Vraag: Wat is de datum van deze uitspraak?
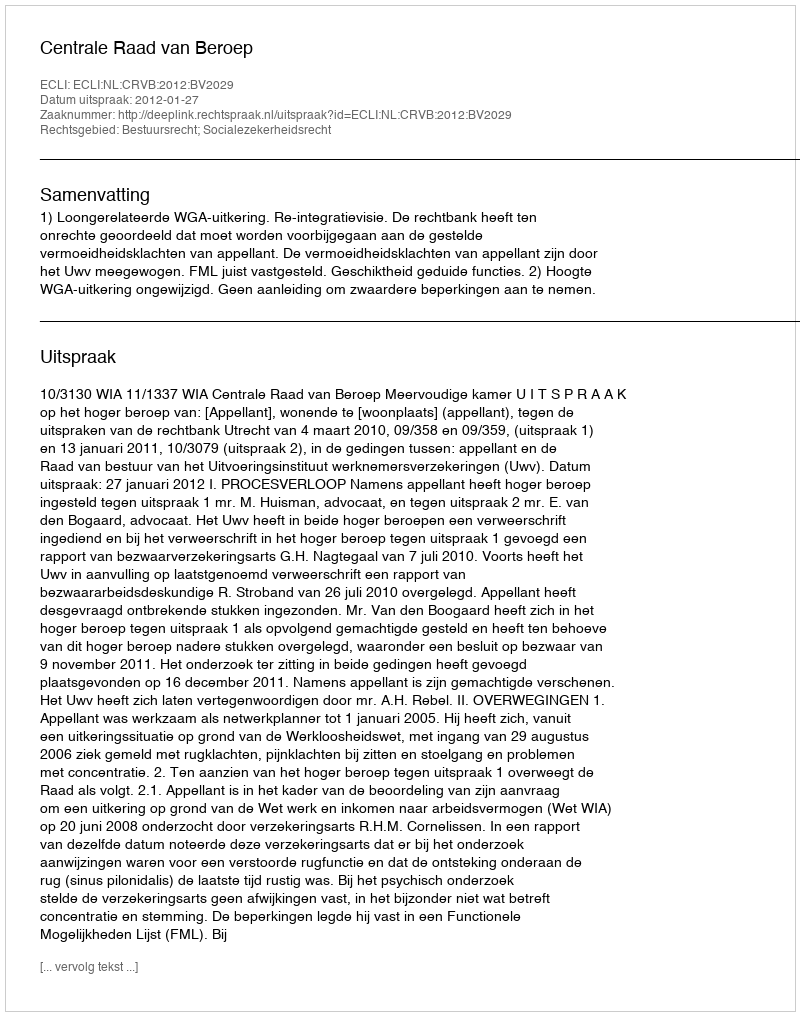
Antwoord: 2012-01-27